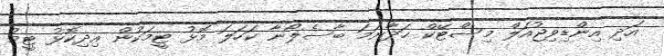
އަދި އިންޑިވިޖުއަލް މިސްޓޭކް ހަދާނަމަ ބާސެލޯނާ ކަހަލަ މޮޅު ޓީމަކުން އިދިކޮޅު ޓީމު